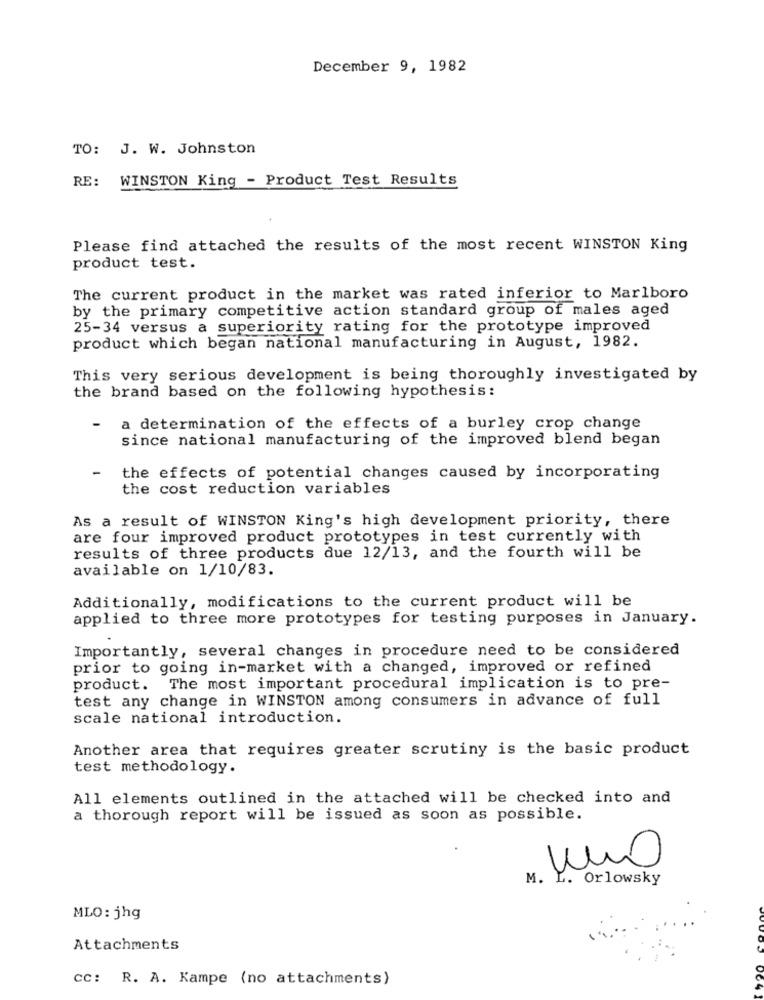
December 9, 1982
TO: J. W. Johnston
RE: WINSTON King - Product Test Results
Please find attached the results of the most recent WINSTON King
product test.
The current product in the market was rated inferior to Marlboro
by the primary competitive action standard group of males aged
25-34 versus a superiority rating for the prototype improved
product which began national manufacturing in August, 1982.
This very serious development is being thoroughly investigated by
the brand based on the following hypothesis:
a determination of the effects of a burley crop change
since national manufacturing of the improved blend began
-
the effects of potential changes caused by incorporating
the cost reduction variables
As a result of WINSTON King's high development priority, there
are four improved product prototypes in test currently with
results of three products due 12/13, and the fourth will be
available on 1/10/83.
Additionally, modifications to the current product will be
applied to three more prototypes for testing purposes in January.
Importantly, several changes in procedure need to be considered
prior to going in-market with a changed, improved or refined
product. The most important procedural implication is to pre-
test any change in WINSTON among consumers in advance of full
scale national introduction.
Another area that requires greater scrutiny is the basic product
test methodology.
All elements outlined in the attached will be checked into and
a thorough report will be issued as soon as possible.
M.
Orlowsky
MLO: jhg
Attachments
CC: R. A. Kampe (no attachments)